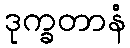
ဒုက္ခတာနံ